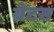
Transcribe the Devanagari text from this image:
ग्रेटस